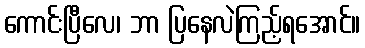
ကောင်းပြီလေ၊ ဘာ ပြနေလဲကြည့်ရအောင်။